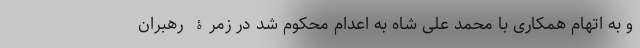
و به اتهام همکاری با محمد علی شاه به اعدام محکوم شد در زمرۀ رهبران